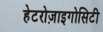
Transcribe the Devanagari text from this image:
हेटरोज़ाइगोसिटी